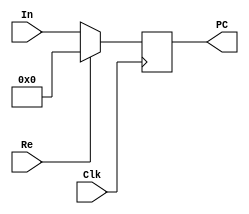
module PC(In ,Re ,PC, Clk);
	input Re, Clk;
	input[31:0] In;
	output reg [31:0] PC;
	
	always@(posedge Clk)begin
		if(Re) PC = 32'd0;
		else PC = In; 
	end
endmodule